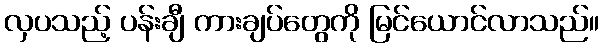
လှပသည့် ပန်းချီ ကားချပ်တွေကို မြင်ယောင်လာသည်။